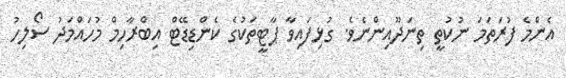
އެންމެ ފުރަތަމަ ނުކުތީ ތިނަދޫއިންނެވެ. ގުޅިފައިވާ ޕާޓީތަކުގެ ކެންޑިޑޭޓް އިބްރާހިމް މުހައްމަދު ސޯލިހު